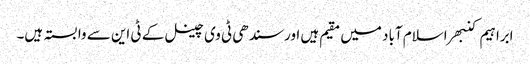
ابراہیم کنبھر اسلام آباد میں مقیم ہیں اور سندھی ٹی وی چینل کے ٹی این سے وابستہ ہیں۔